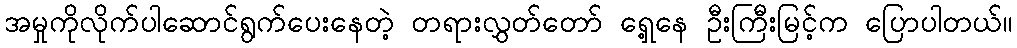
အမှုကိုလိုက်ပါဆောင်ရွက်ပေးနေတဲ့ တရားလွှတ်တော် ရှေ့နေ ဦးကြီးမြင့်က ပြောပါတယ်။